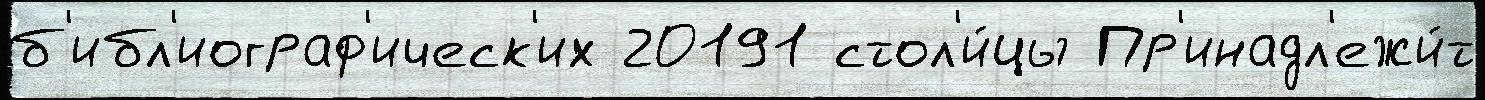
б'ибл'иограф'ическ'их 20191 стол'и́цы Пр'инадл'ежи́т